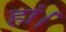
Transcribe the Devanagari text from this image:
हां।